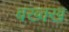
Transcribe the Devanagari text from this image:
बख्क्ख